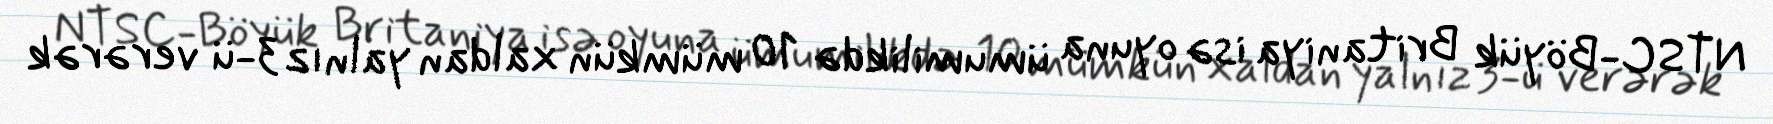
NTSC-Böyük Britaniya isə oyuna ümumilikdə 10 mümkün xaldan yalnız 3-ü verərək